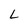
Character: L